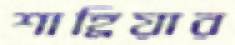
শাহ্রিয়ার